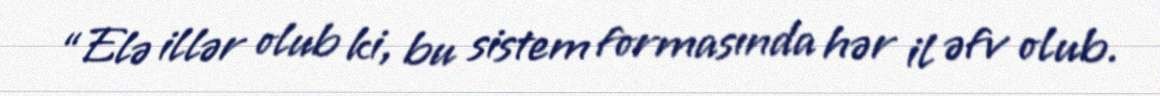
“Elə illər olub ki, bu sistem formasında hər il əfv olub.